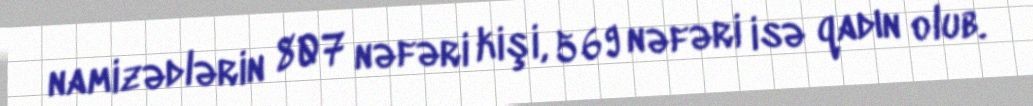
namizədlərin 807 nəfəri kişi, 569 nəfəri isə qadın olub.